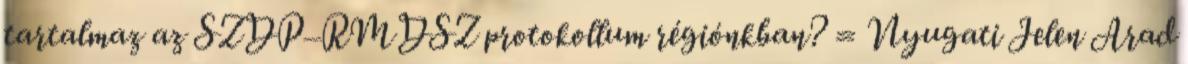
tartalmaz az SZDP–RMDSZ protokollum régiónkban? = Nyugati Jelen Arad